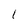
Character: l